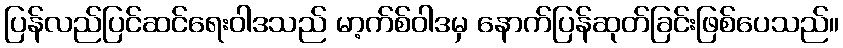
ပြန်လည်ပြင်ဆင်ရေးဝါဒသည် မာ့က်စ်ဝါဒမှ နောက်ပြန်ဆုတ်ခြင်းဖြစ်ပေသည်။